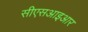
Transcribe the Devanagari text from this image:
सीएसआइआर